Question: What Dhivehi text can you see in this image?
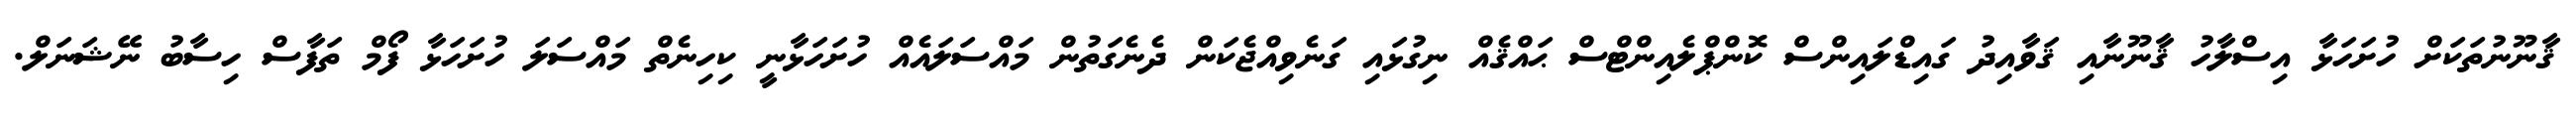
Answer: ޤާނޫނުތަކަށް ހުށަހަޅާ އިސްލާހު ޤާނޫނާއި ޤަވާއިދު ގައިޑްލައިންސް ކޮންޕްލެއިންޓްސް ޙައްޤެއް ނިގުޅައި ގަނެވިއްޖެކަން ދެނެގަތުން މައްސަލައެއް ހުށަހަޅާނީ ކިހިނެތް މައްސަލަ ހުށަހަޅާ ފޯމް ތަފާސް ހިސާބު ނޭޝަނަލް.